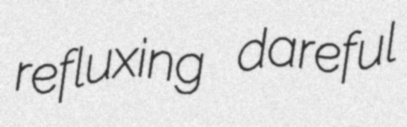
refluxing dareful